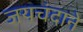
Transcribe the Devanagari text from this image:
जयचंदाने